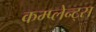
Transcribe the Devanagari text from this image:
कम्प्लेन्ट्स